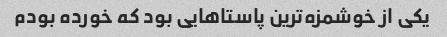
یکی از خوشمزه‌ترین پاستاهایی بود که خورده بودم